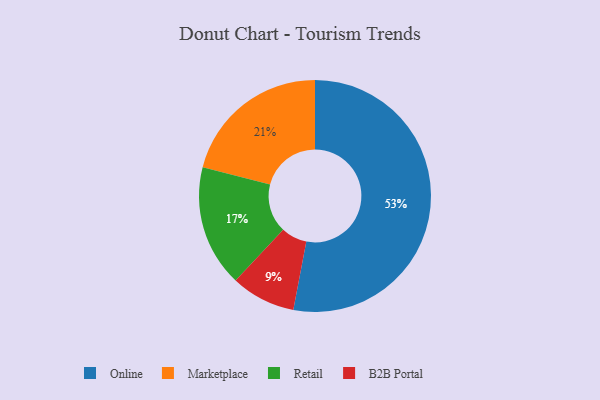
{"axis": {"x": "Category", "y": "Percentage"}, "legend": ["B2B Portal", "Marketplace", "Online", "Retail"], "data": [{"x": "Marketplace", "y": 21, "type": "Marketplace"}, {"x": "Online", "y": 53, "type": "Online"}, {"x": "B2B Portal", "y": 9, "type": "B2B Portal"}, {"x": "Retail", "y": 17, "type": "Retail"}]}